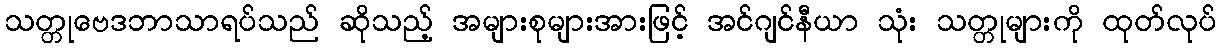
သတ္တုဗေဒဘာသာရပ်သည် ဆိုသည့် အများစုများအားဖြင့် အင်ဂျင်နီယာ သုံး သတ္တုများကို ထုတ်လုပ်